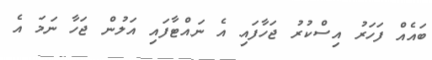
ބައެއް ފަހަރު އިސްކުރު ޖަހާފައި އެ ނައްޓާފައި އަލުން ޖަހާ ނަމަ އެ